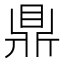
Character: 鼎